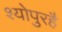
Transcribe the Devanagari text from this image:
श्योपुरहै